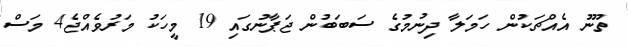
ތޫނު އެއްޗަކުން ހަމަލާ ދިނުމުގެ ސަބަބުން ޖަޕާނުގައި 19 މީހަކު މަރުވެއްޖެ4 މަސް